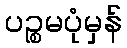
ပဉ္စမပုံမှန်